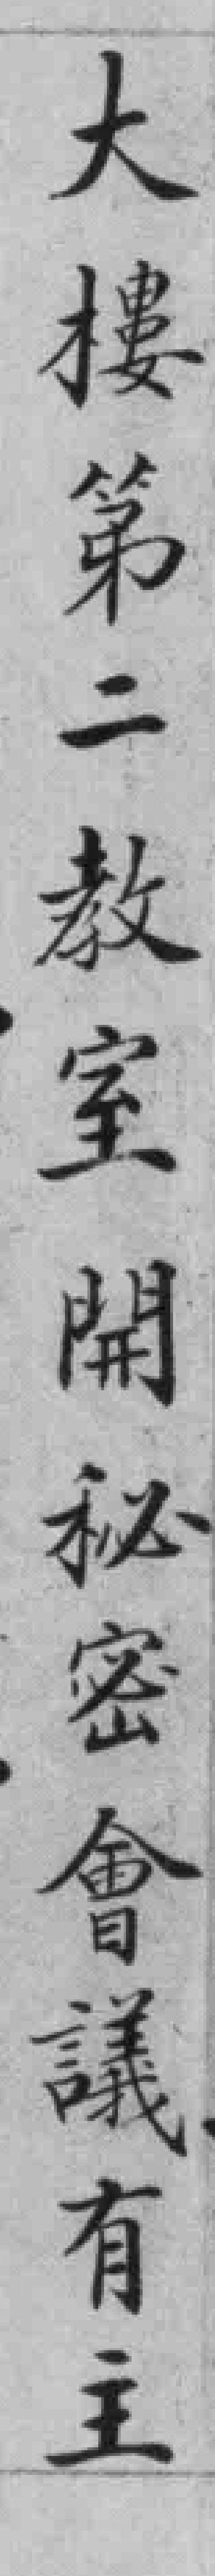
大樓第二教室開秘密會議有主